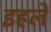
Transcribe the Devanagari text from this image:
इहले